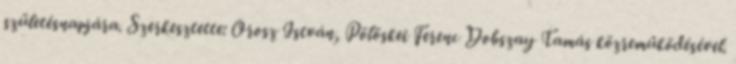
születésnapjára. Szerkesztette: Orosz István, Pölöskei Ferenc Dobszay Tamás közreműködésével.